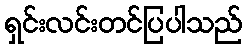
ရှင်းလင်းတင်ပြပါသည်